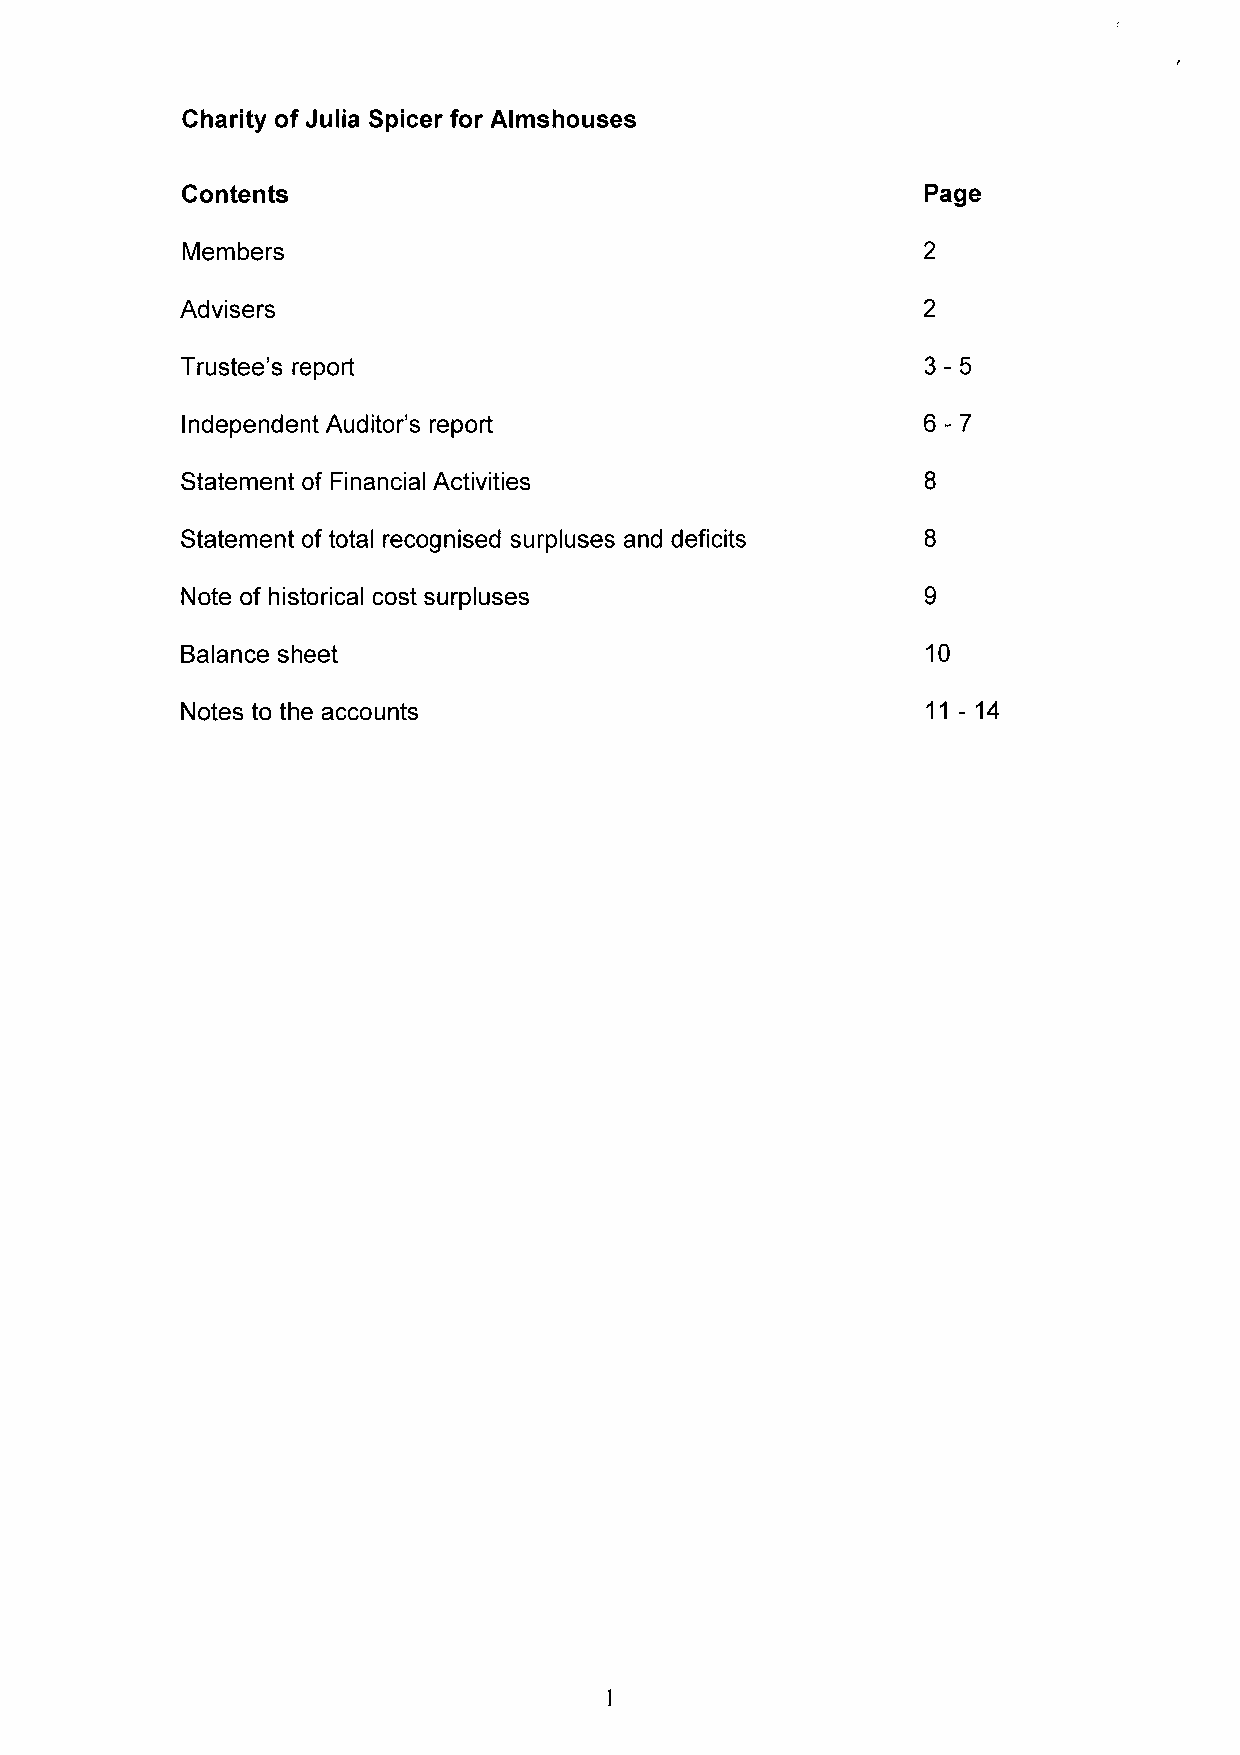
Charity of Julia Spicer for Almshouses
 Contents                                         Page
 Members
 Advisers
 3-5
 Trustee's report
 6-7
 Independent Auditor's report
 Statement of Financial Activities
 Statement of total recognised surpluses and deficits
 Note of historical cost surpluses
 Balance sheet                                    10
 11-14
 Notes to the accounts